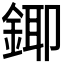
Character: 𮢄